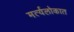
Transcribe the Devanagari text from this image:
मर्त्यलोकात